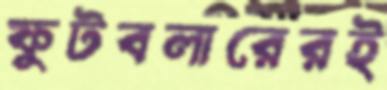
ফুটবলারেরই